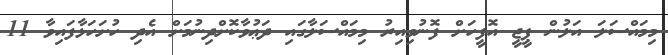
މިމައްސަލަ އަލުން ޕީޖީ އޮފީހަށް ފޮނުވިއިރު މިމައްސަލާގައި ދަޢުވާކޮށްދިނުމަށް އެދި ހުށަހަޅާފައިވާ 11